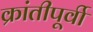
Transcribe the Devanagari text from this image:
क्रांतीपूर्वी